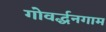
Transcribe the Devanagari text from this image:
गोवर्द्धनगाम